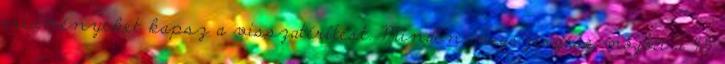
eredményeket kapsz a visszatérítést. Minden megszerzése mögött a 45